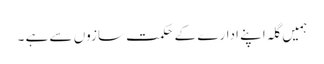
ہمیں گلہ اپنے ادارے کے حکمت سازوں سے ہے ۔